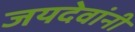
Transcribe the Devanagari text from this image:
जयदेवांनी